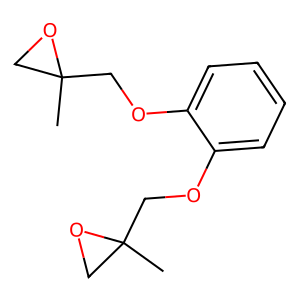
SMILES: CC1(COc2ccccc2OCC2(C)CO2)CO1
Inhibits HIV replication: No